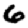
Digit: 6